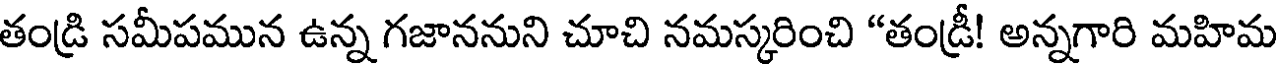
తండ్రి సమీపమున ఉన్న గజాననుని చూచి నమస్కరించి "తండ్రీ! అన్నగారి మహిమ